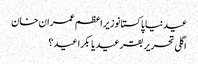
عیدنیا پاکستانوزیراعظم عمران خان
اگلی تحریر بقر عید یا بکرا عید ؟